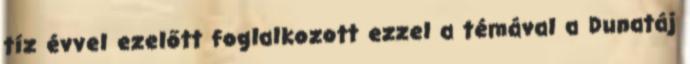
tíz évvel ezelőtt foglalkozott ezzel a témával a Dunatáj